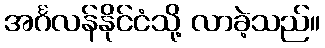
အင်္ဂလန်နိုင်ငံသို့ လာခဲ့သည်။